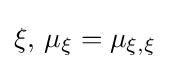
\xi ,\,\mu _{\xi }=\mu _{\xi ,\xi }